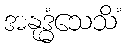
အနုဒ္ဓံသေသိံ